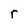
Character: r